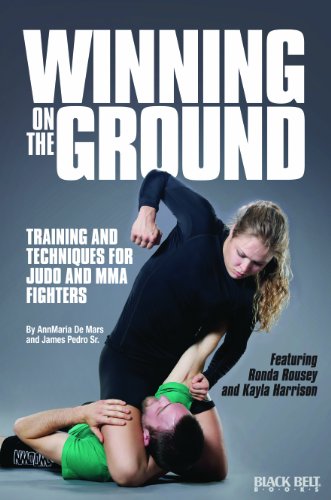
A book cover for Winning on the Ground: Training and Techniques for Judo and MMA Fighters; AnnMarie De Mars; Sports & Outdoors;